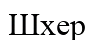
Шхер